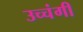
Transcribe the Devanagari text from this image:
उच्चंगी